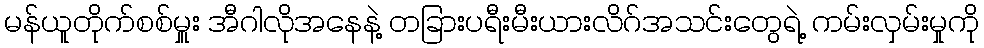
မန်ယူတိုက်စစ်မှူး အီဂါလိုအနေနဲ့ တခြားပရီးမီးယားလိဂ်အသင်းတွေရဲ့ ကမ်းလှမ်းမှုကို